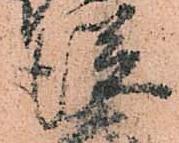
従